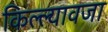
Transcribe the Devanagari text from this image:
किल्ल्यावजा